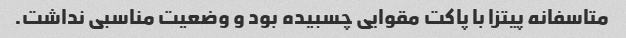
متاسفانه پیتزا با پاکت مقوایی چسبیده بود و وضعیت مناسبی نداشت.